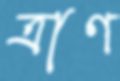
ত্রাণ